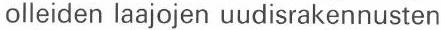
olleiden laajojen uudisrakennusten